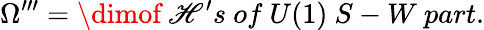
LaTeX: \Omega^{\prime\prime\prime}=\dimof~\mathscr{H}^{\prime}s~of~U(1)~S-W~part.